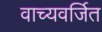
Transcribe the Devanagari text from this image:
वाच्यवर्जित